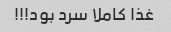
غذا کاملا سرد بود!!!